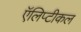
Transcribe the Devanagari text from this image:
ऍलिप्टीकल